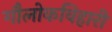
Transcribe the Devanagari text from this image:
गौलोकविहारी